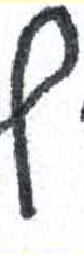
אות: ף